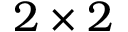
2 \times 2